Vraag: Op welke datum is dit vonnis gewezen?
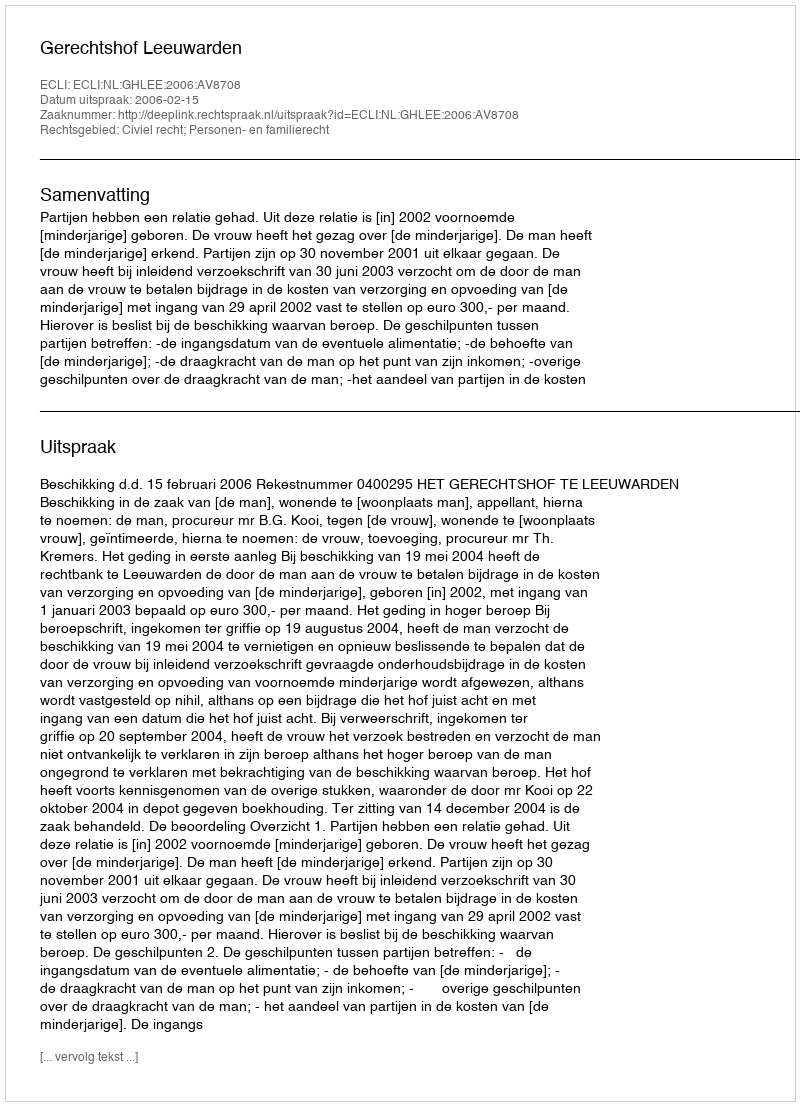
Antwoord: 2006-02-15